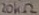
Text: 20KΩ